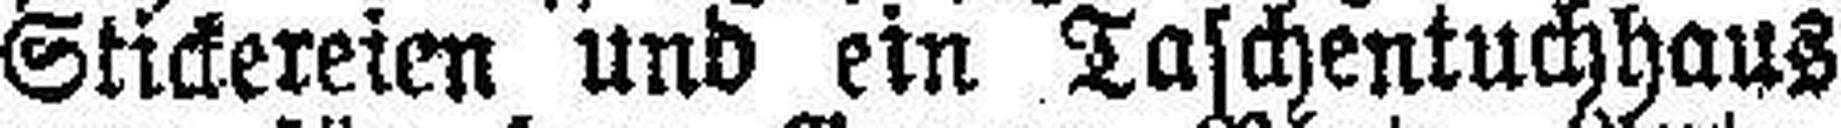
Stickereien und ein Taschentuchhaus